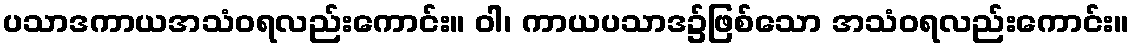
ပသာဒကာယအသံဝရလည်းကောင်း။ ဝါ၊ ကာယပသာဒ၌ဖြစ်သော အသံဝရလည်းကောင်း။